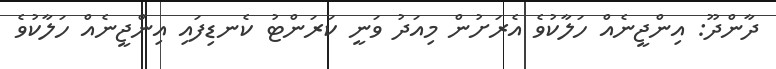
ދާންދޫ: އިންޖީނެއް ހަލާކުވެ އެރަށުން މިއަދު ވަނީ ކަރަންޓު ކެނޑިފައި އިންޖީނެއް ހަލާކުވެ